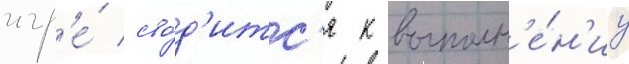
игр'е́ сво́д'итс'я к выполн'е́н'иу